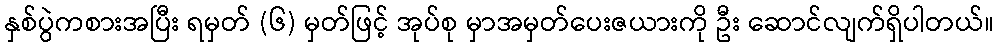
နှစ်ပွဲကစားအပြီး ရမှတ် (၆) မှတ်ဖြင့် အုပ်စု မှာအမှတ်ပေးဇယားကို ဦး ဆောင်လျက်ရှိပါတယ်။